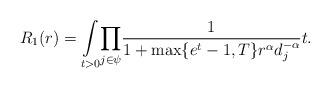
LaTeX: \begin{align*}R_1(r)=\underset{t>0}\int\underset{j \in \psi}\prod\frac{1}{1+\max\{e^t-1,T\} r^\alpha d_j^{-\alpha}}t.\end{align*}